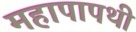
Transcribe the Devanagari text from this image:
महापापथी